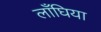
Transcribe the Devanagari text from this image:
लाँघिया